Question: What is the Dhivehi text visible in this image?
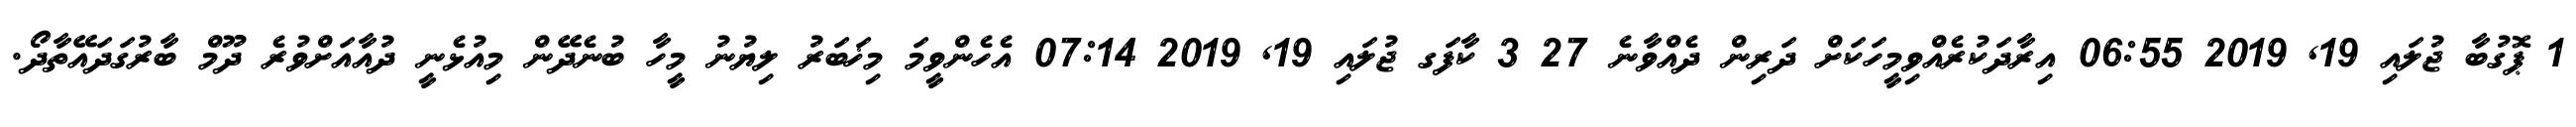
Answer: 1 ޕޮގުބާ ޖުލައި 19, 2019 06:55 އިރާދަކުރެއްވިމީހަކަށް ދަރިން ދެއްވާނެ 27 3 ކާފަގ ޖުލައި 19, 2019 07:14 އެހެންވީމަ މިޚަބަރު ލިޔުނު މީހާ ބުނެދޭން މިއުޅެނީ ދުއާއަށްވުރެ ދޫމް ބާރުގަދައޭތާދޯ.